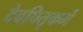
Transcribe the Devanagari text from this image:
देवपितृकर्मे